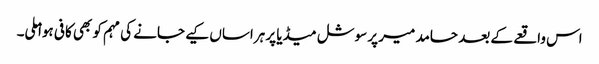
اس واقعے کے بعد حامد میر پر سوشل میڈیا پر ہراساں کیے جانے کی مہم کو بھی کافی ہوا ملی۔